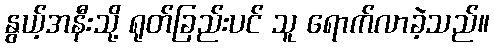
နွယ့်အနီးသို့ ရုတ်ခြည်းပင် သူ ရောက်လာခဲ့သည်။